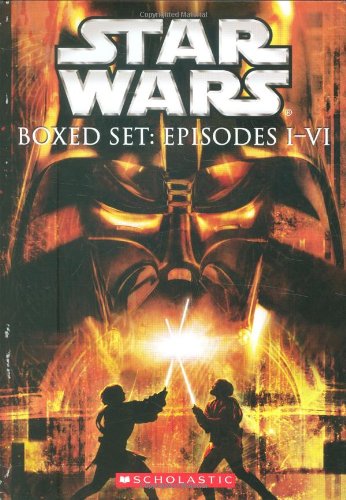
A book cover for Star Wars Boxed Set: Episodes I-VI; Various; Teen & Young Adult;